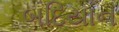
બદિયાન